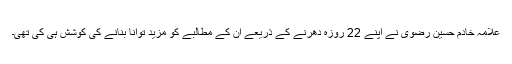
علامہ خادم حسین رضوی نے اپنے 22 روزہ دھرنے کے ذریعے ان کے مطالبے کو مزید توانا بنانے کی کوشش ہی کی تھی۔